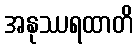
အနုဿရထာတိ